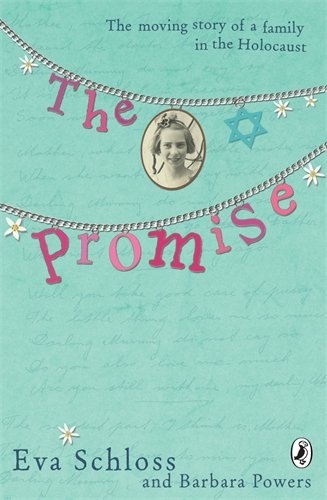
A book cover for The Promise: The Moving Story of a Family in the Holocaust; Eva Schloss; Teen & Young Adult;